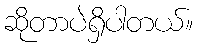
ဆိုတာပဲရှိပါတယ်။